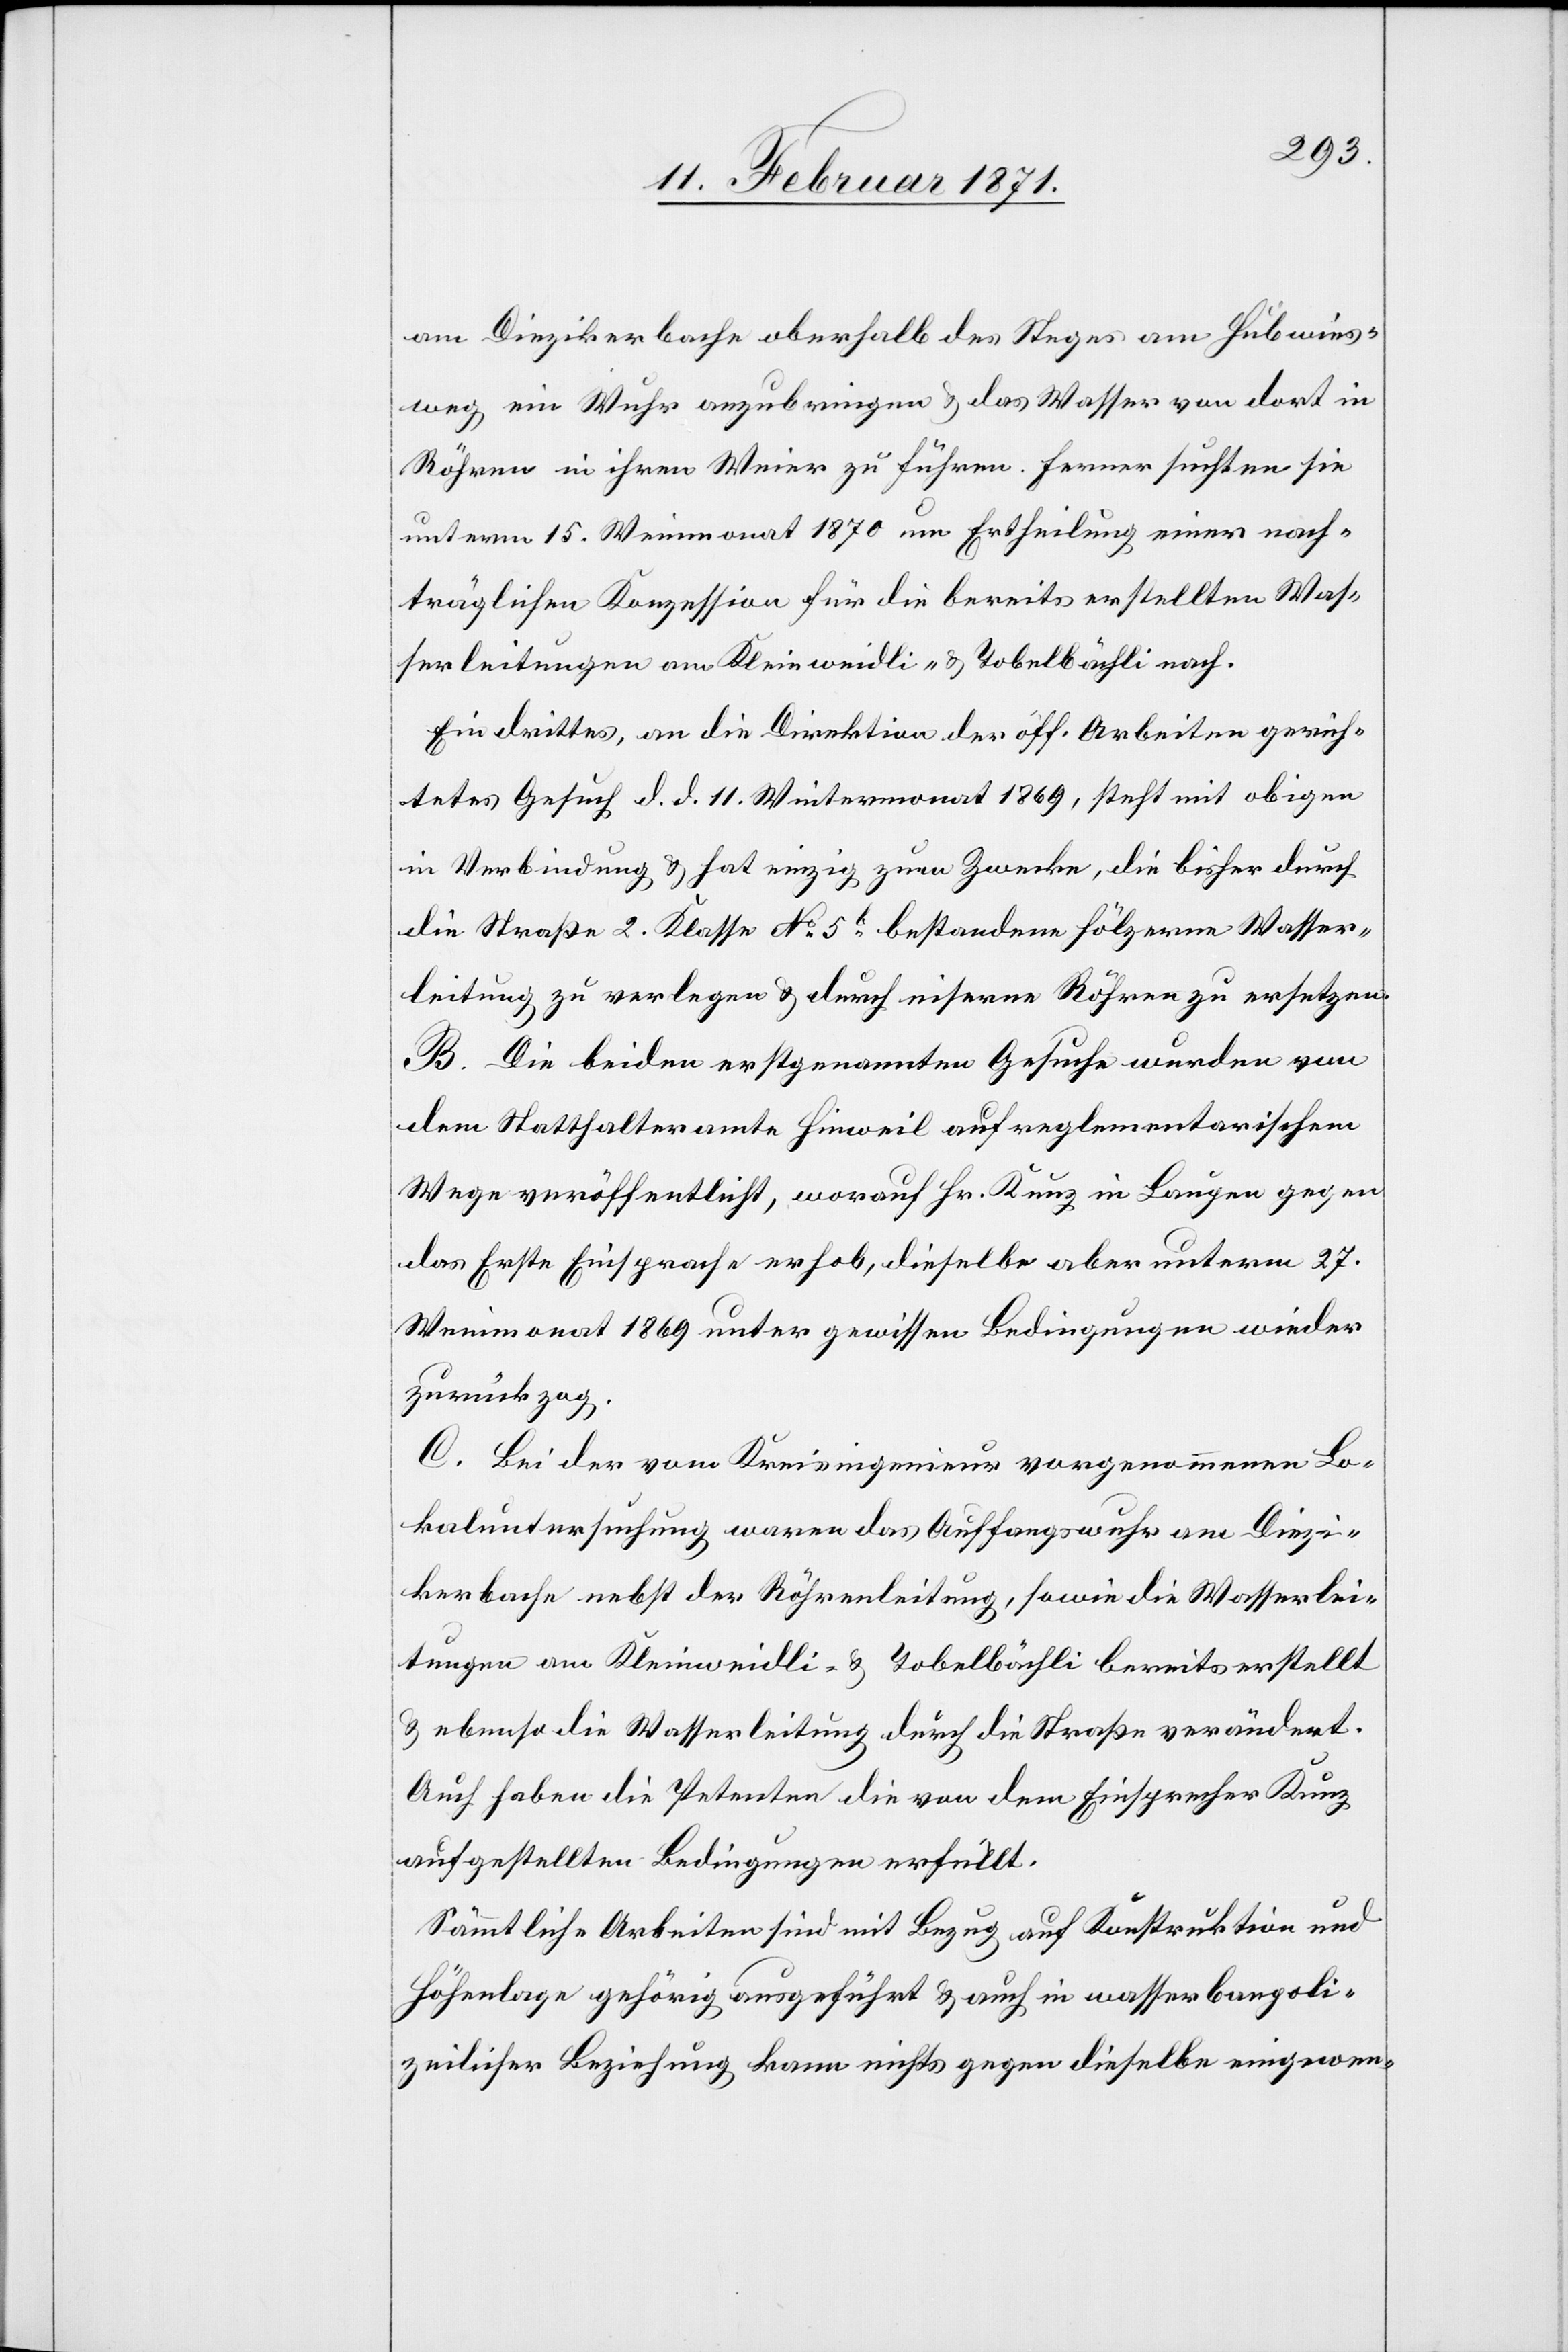
am Diezikerbache oberhalb des Steges am Hubwies¬
weg ein Wuhr anzubringen u. das Wasser von dort in
Röhren in ihren Weier zu führen. Ferner suchten sie
unterm 15. Weinmonat 1870 um Ertheilung einer nach¬
träglichen Konzession für die bereits erstellten Was¬
serleitungen am Kleinweidli- u. Tobelbächli nach.
Ein drittes, an die Direktion der öff. Arbeiten gerich¬
tetes Gesuch d. d. 11. Wintermonat 1869, steht mit obigen
in Verbindung u. hat einzig zum Zwecke, die bisher durch
die Straße 2. Klasse No. 5b. bestandene hölzerne Wasser¬
leitung zu verlegen u. durch eiserne Röhren zu ersetzen.
B. Die beiden erstgenannten Gesuche wurden von
dem Statthalteramte Hinweil auf reglementarischem
Wege veröffentlicht, worauf Hr. Kunz in Laupen gegen
das Erste Einsprache erhob, dieselbe aber unterm 27.
Weinmonat 1869 unter gewissen Bedingungen wieder
zurückzog.
C. Bei der vom Kreisingenieur vorgenommenen Lo¬
kaluntersuchung waren das Auffangswuhr am Diezi¬
kerbache nebst der Röhrenleitung, sowie die Wasserlei¬
tungen am Kleinweidli- u. Tobelbächli bereits erstellt
u. ebenso die Wasserleitung durch die Straße verändert.
Auch haben die Petenten die von dem Einsprecher Kunz
aufgestellten Bedingungen erfüllt.
Sämmtliche Arbeiten sind mit Bezug auf Konstruktion und
Höhenlage gehörig ausgeführt u. auch in wasserbaupoli¬
zeilicher Beziehung kann nichts gegen dieselbe eingewen-